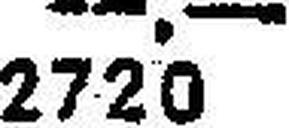
2720